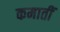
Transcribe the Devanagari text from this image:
कमातीं